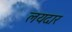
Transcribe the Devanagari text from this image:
लयदार